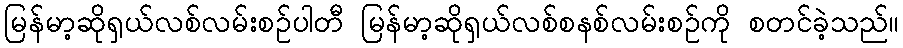
မြန်မာ့ဆိုရှယ်လစ်လမ်းစဉ်ပါတီ မြန်မာ့ဆိုရှယ်လစ်စနစ်လမ်းစဉ်ကို စတင်ခဲ့သည်။